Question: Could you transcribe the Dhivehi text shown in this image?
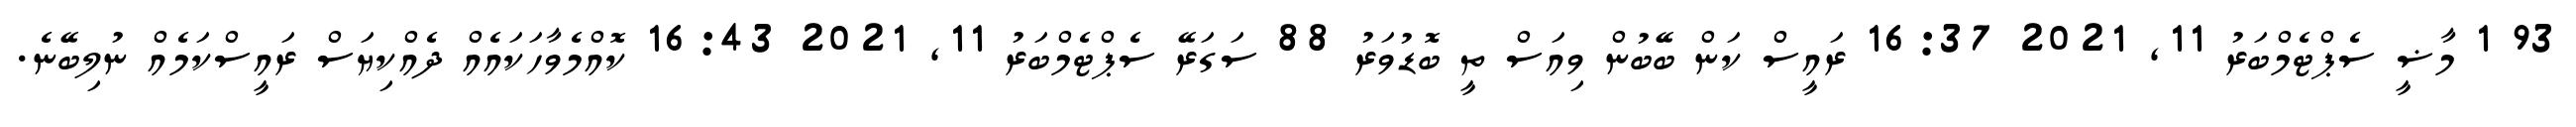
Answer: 93 1 މާޟީ ސެޕްޓެމްބަރު 11, 2021 16:37 ރައީސް ކަން ބޭބުން ވިއަސް ތީ ބޮޑުވަރު 88 ސަގަރޭ ސެޕްޓެމްބަރު 11, 2021 16:43 ކޮއްމެވާހަކައެއް ދެއްކިޔަސް ރައީސްކަމެއް ނުލިބޭނެ.